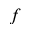
f